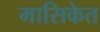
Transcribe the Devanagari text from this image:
मासिकेत